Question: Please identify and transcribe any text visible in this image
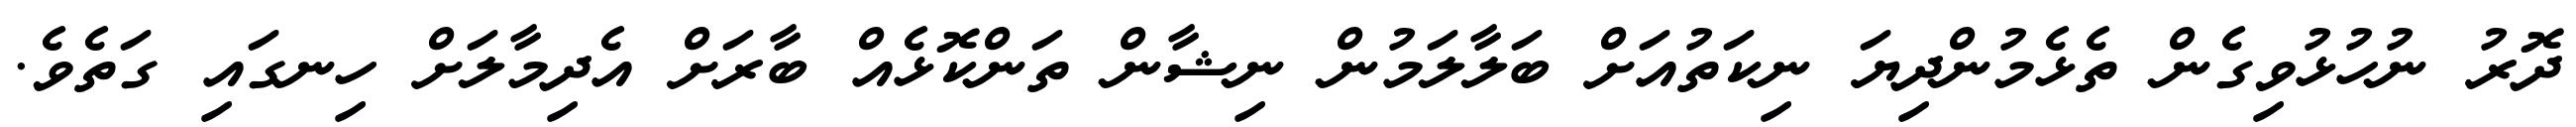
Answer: ދޮރު ނުހުޅުވިގެން ތެޅެމުންދިޔަ ނިކަތުއަށް ބަލާލަމުން ނިޝާން ތަންކޮޅެއް ބާރަށް އެދިމާލަށް ހިނގައި ގަތެވެ.